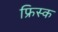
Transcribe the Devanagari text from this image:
फ्रिस्क